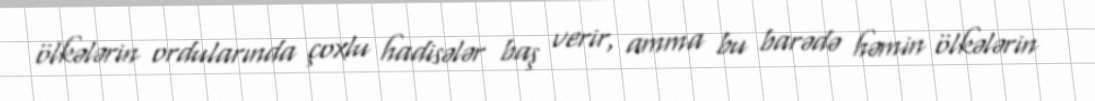
ölkələrin ordularında çoxlu hadisələr baş verir, amma bu barədə həmin ölkələrin